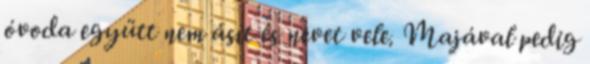
óvoda együtt nem ásít és nevet vele. Majával pedig